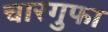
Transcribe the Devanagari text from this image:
चारगुफा